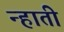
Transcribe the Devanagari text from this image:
न्हाती